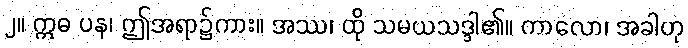
၂။ ဣဓ ပန၊ ဤအရာ၌ကား။ အဿ၊ ထို သမယသဒ္ဒါ၏။ ကာလော၊ အခါဟု